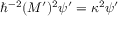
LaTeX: \hbar ^ { - 2 } ( M ^ { \prime } ) ^ { 2 } \psi ^ { \prime } = \kappa ^ { 2 } \psi ^ { \prime }